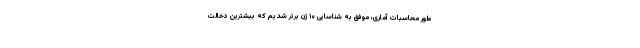
طور محاسبات آماری، موفق به شناسایی ۱۰ ژن برتر شدیم که بیشترین دخالت